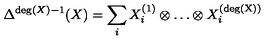
\Delta ^ { \mathrm { d e g } ( X ) - 1 } ( X ) = \sum _ { i } X _ { i } ^ { ( 1 ) } \otimes \ldots \otimes X _ { i } ^ { ( \mathrm { d e g ( X ) } ) }